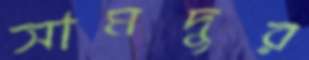
সামদুর